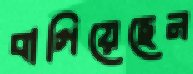
বাগিয়েছেন